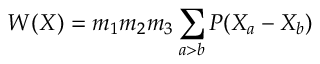
{ \cal W } ( X ) = m _ { 1 } m _ { 2 } m _ { 3 } \sum _ { a > b } { \cal P } ( X _ { a } - X _ { b } )